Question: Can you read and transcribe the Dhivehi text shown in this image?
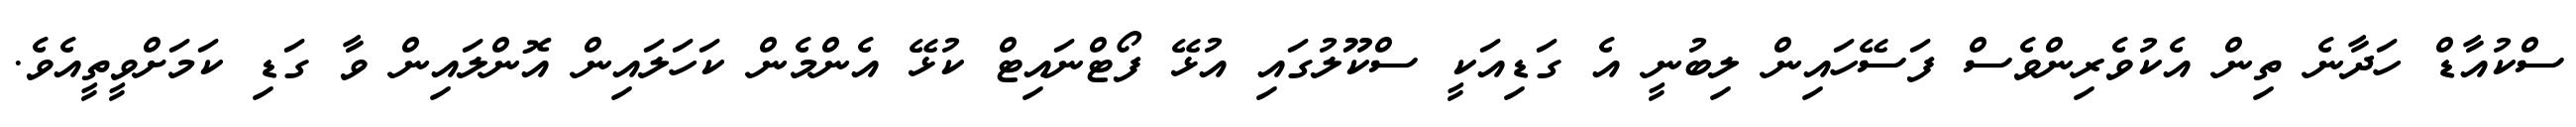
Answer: ސްކުއާޑް ހަދާނެ ތިން އެކުވެރިންވެސް ފަސޭހައިން ލިބުނީ އެ ގަޑިއަކީ ސްކޫލުގައި އުޅޭ ފޯޓްނައިޓް ކުޅޭ އެންމެން ކަހަލައިން އޮންލައިން ވާ ގަޑި ކަމަށްވީތީއެވެ.